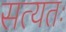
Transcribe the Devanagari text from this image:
सत्यतः